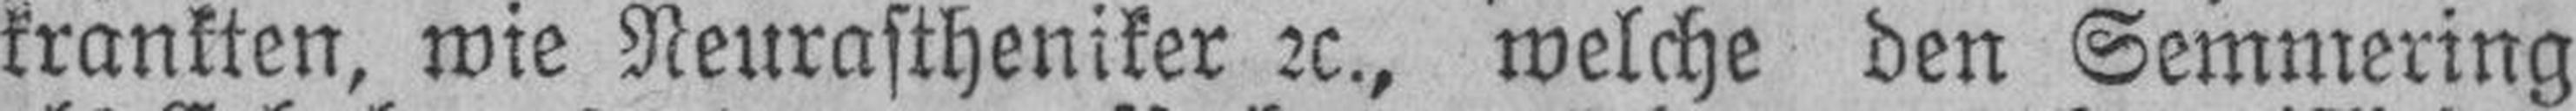
krankten, wie Neurastheniker 2c., welche den Semmering